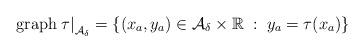
LaTeX: \begin{align*} \mbox{\rm graph} \left. \tau \right |_{{\cal A}_\delta} = \{ (x_a, y_a) \in {\cal A}_ \delta \times \mathbb{R} \; : \; y_a = \tau(x_a)\}\end{align*}